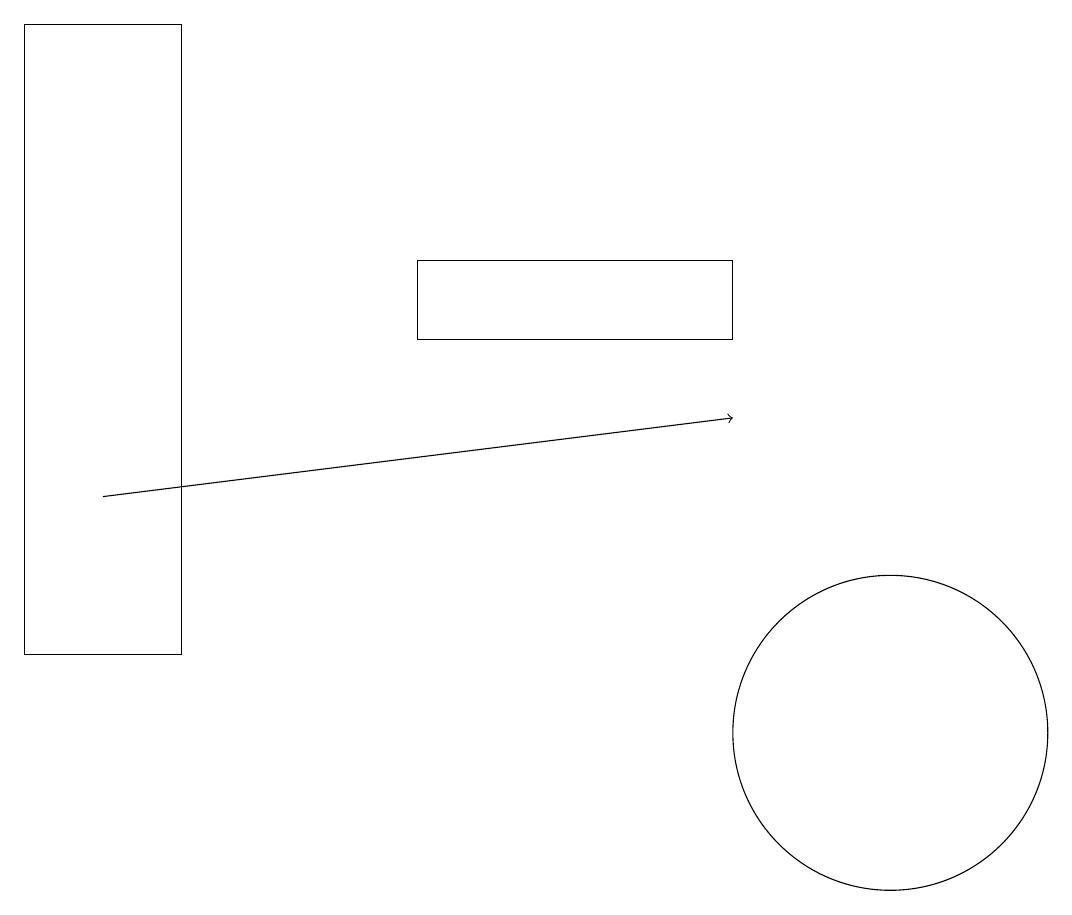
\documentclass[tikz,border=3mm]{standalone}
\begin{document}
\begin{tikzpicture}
\draw (2,19) rectangle (0,11);
\draw (11,10) circle (2);
\draw[->] (1,13) -- (9,14);
\draw (9,15) rectangle (5,16);
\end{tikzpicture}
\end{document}